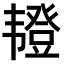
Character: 𫖖